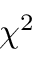
\chi ^ { 2 }